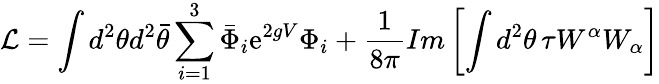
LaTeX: {\cal{L}}=\int d^{2}\theta d^{2}{\bar{\theta}}\sum_{i=1}^{3}{\bar{\Phi}}_{i}\mathrm{e}^{2gV}\Phi_{i}+\frac{1}{8\pi}Im\left[\int d^{2}\theta\, \tau W^{\alpha}W_{\alpha}\right]